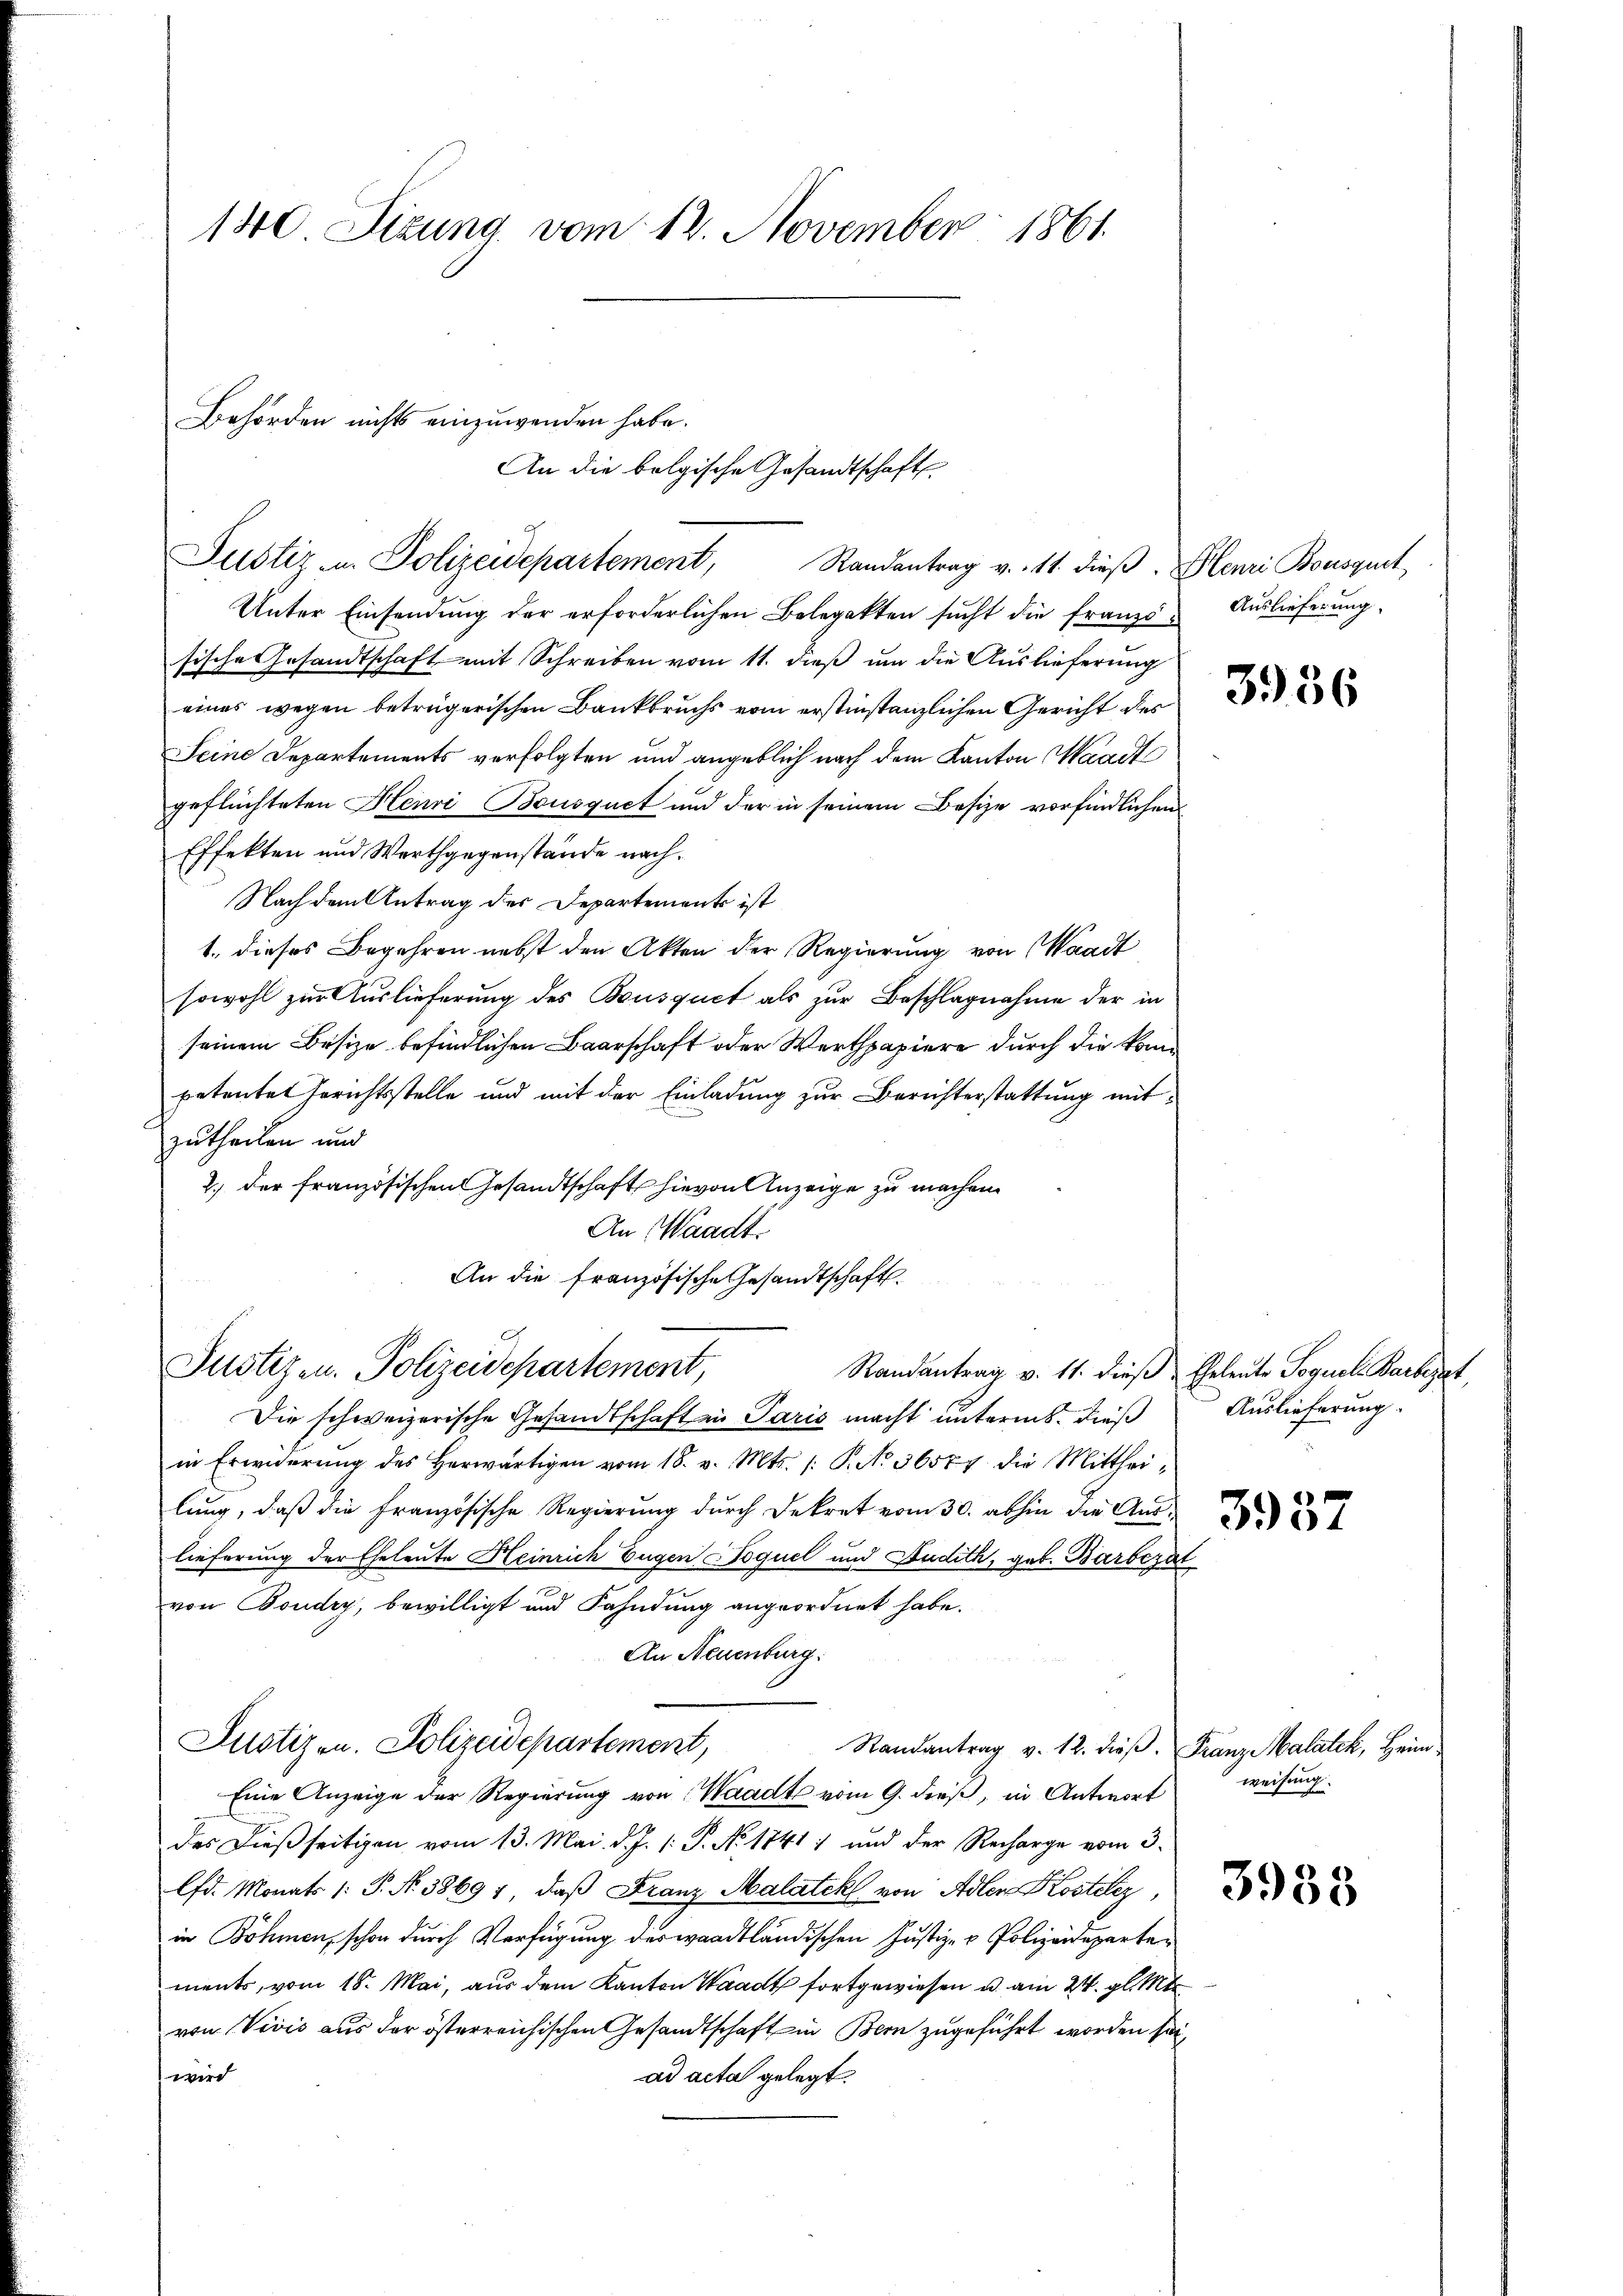
180 Sizung vom 12. November 1861.

Behörden nichts einzuwenden habe.
Justiz- u. Polizeidepartement,

Justizen. Polizeidepartement,

An die bolgische Gesandtschaft

Unter Einsendung der erforderlichen Belegekten sucht die franzö- Auslieferung
sische Gesandtschaft mit Schreiben vom 11. dieß um die Auslieferung
eines wegen beträgerischen Bankbruchs vom erstinstanzlichen Gericht des
Seine Departements verfolgten und angeblich nach dem Kanton Waadt
geflüchteten Henri Bousquet und der in seinem Besize vorfindlichen
Effekten und Werthgegenstände nach¬
Nach dem Antrag des Departements ist
1., dieses Begehren nebst den Akten der Regierung von Waadt
sowohl zur Auslieferung des Bousquet als zur Beschlagnahme der in
seinem Besize befindlichen Baarschaft oder Werthpapiere durch die kompetentet Gerichtsstelle und mit der Einladung zur Berichterstattung mitzutheilen und
2.) Der französischen Gesandtschaft hievon Anzeige zu machen.
An Waadt
An die französische Gesandtschaft
Randantrag v. 11. dieß Geleute Sequel Barbezat
Die schweizerische Gesandtschaften Paris macht unterm 8. dieß
in Erwiderŭng des herwärtigen vom 18. v. Mts. 1. P. No 36577 die Mittheilŭng, daβ die Französische Regierŭng dŭrch Dekret vom 30. abhin die Aus
lieferung der Eheleute Heinrich Eugen Coquel und Audith, geb. Barbezal
von Boudry, bewilligt und Fahndung angeordnet habe.
An Neuenburg:
Justizen. Polizeidepartement,
Randantrag v. 12. dieß. Franze Walatek, Heim¬
Eine Anzeige der Regierung von Waadt vom 9. dieß, in Antwort
des dießseitigen vom 13. Mai. d. J. 1: P. No. 1841 ; und der Recharge vom 3.
lfd. Monats /: P. N. 38694, daß Franz Malatek von Adlen Kostitz,
in Böhmen, schon durch Verfügung des waadtländischen Justiz- & Polizeidepartements, vom 18. Mai, aus dem Kanton Waadt fortgewiesen u. am 24. gl. Mt
von Vivis aus der österreichischen Gesandtschaft in Bern zugeführt worden sei,
wird
ad acta gelegt.

Randantrag v. 11. dieß. Henri Bousquit

3956

Auslieferung.

weisung.

3938